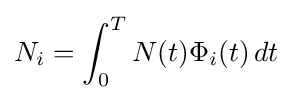
N_{i}=\int _{0}^{T}N(t)\Phi _{i}(t)\,dt